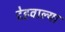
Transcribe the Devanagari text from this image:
देहवाल्या